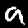
Label: 9